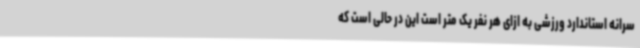
سرانه استاندارد ورزشی به ازای هر نفر یک متر است این در حالی است که